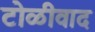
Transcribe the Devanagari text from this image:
टोळीवाद